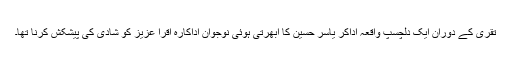
تقری کے دوران ایک دلچسپ واقعہ اداکر یاسر حسین کا ابھرتی ہوئی نوجوان اداکارہ اقرا عزیز کو شادی کی پیشکش کرنا تھا۔